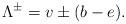
LaTeX: \begin{align*}\Lambda^{\pm}=v\pm (b-e).\end{align*}